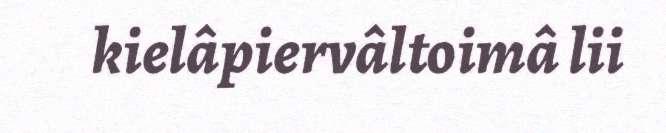
kielâpiervâltoimâ lii